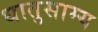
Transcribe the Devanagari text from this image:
धातुसाम्य